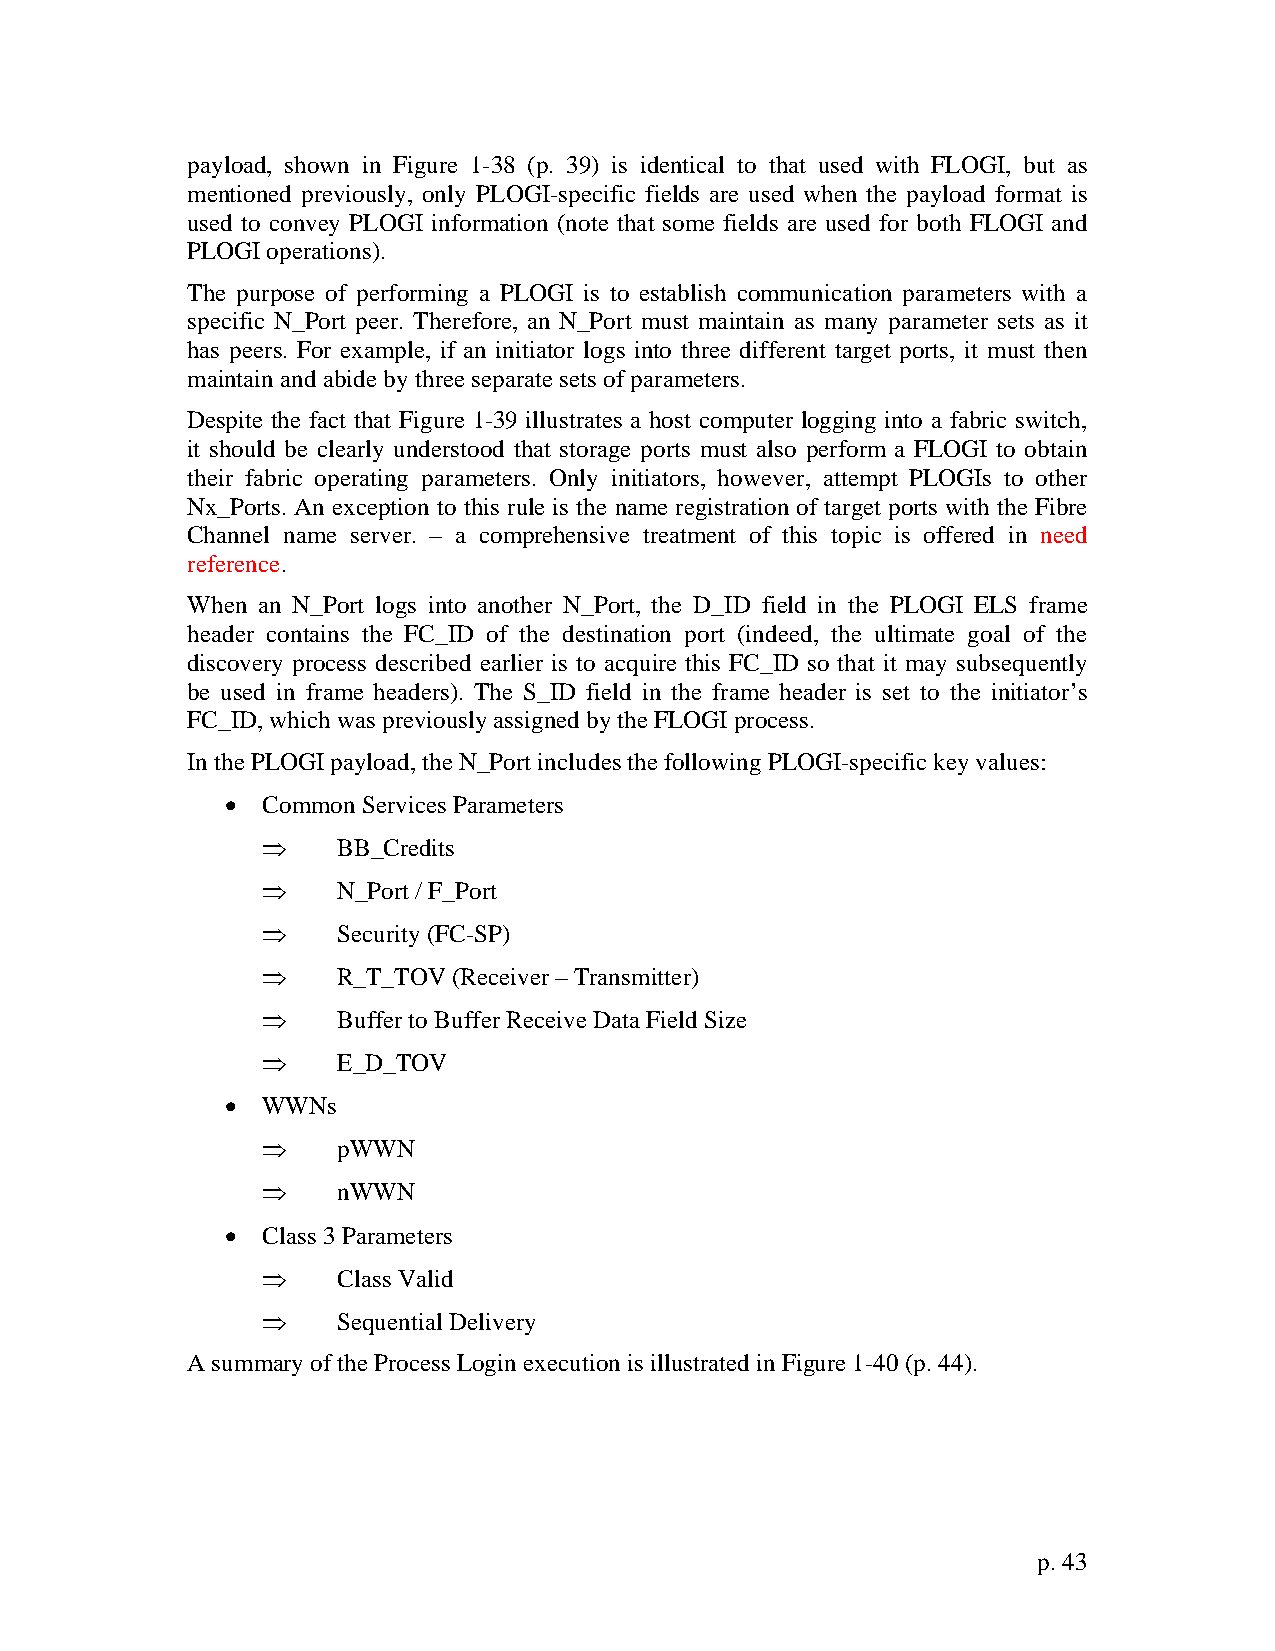
payload, shown in Figure 1-38 (p. 39) is identical to that used with FLOGI, but as
 mentioned previously, only PLOGI-specific fields are used when the payload format is
 used to convey PLOGI information (note that some fields are used for both FLOGI and
 PLOGI operations).
 The purpose of performing a PLOGI is to establish communication parameters with a
 specific N_Port peer. Therefore, an N_Port must maintain as many parameter sets as it
 has peers. For example, if an initiator logs into three different target ports, it must then
 maintain and abide by three separate sets of parameters.
 Despite the fact that Figure 1-39 illustrates a host computer logging into a fabric switch,
 it should be clearly understood that storage ports must also perform a FLOGI to obtain
 their fabric operating parameters. Only initiators, however, attempt PLOGIs to other
 Nx_Ports. An exception to this rule is the name registration of target ports with the Fibre
 Channel name server. – a comprehensive treatment of this topic is offered in need
 reference.
 When an N_Port logs into another N_Port, the D_ID field in the PLOGI ELS frame
 header contains the FC_ID of the destination port (indeed, the ultimate goal of the
 discovery process described earlier is to acquire this FC_ID so that it may subsequently
 be used in frame headers). The S_ID field in the frame header is set to the initiator’s
 FC_ID, which was previously assigned by the FLOGI process.
 In the PLOGI payload, the N_Port includes the following PLOGI-specific key values:
 • Common Services Parameters
 ⇒    BB_Credits
 ⇒    N_Port / F_Port
 ⇒    Security (FC-SP)
 ⇒    R_T_TOV (Receiver – Transmitter)
 ⇒    Buffer to Buffer Receive Data Field Size
 ⇒    E_D_TOV
 • WWNs
 ⇒    pWWN
 ⇒    nWWN
 • Class 3 Parameters
 ⇒    Class Valid
 ⇒    Sequential Delivery
 A summary of the Process Login execution is illustrated in Figure 1-40 (p. 44).
 p. 43